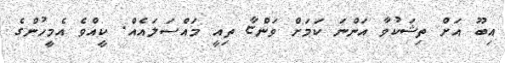
އިބޫ އަށް ތިޝަކުވާ އަންނަ ކަމަށް ވަންޏާ ތިއީ މައްސަލައެއް. ކީއްވެ އެމީހުންގެ